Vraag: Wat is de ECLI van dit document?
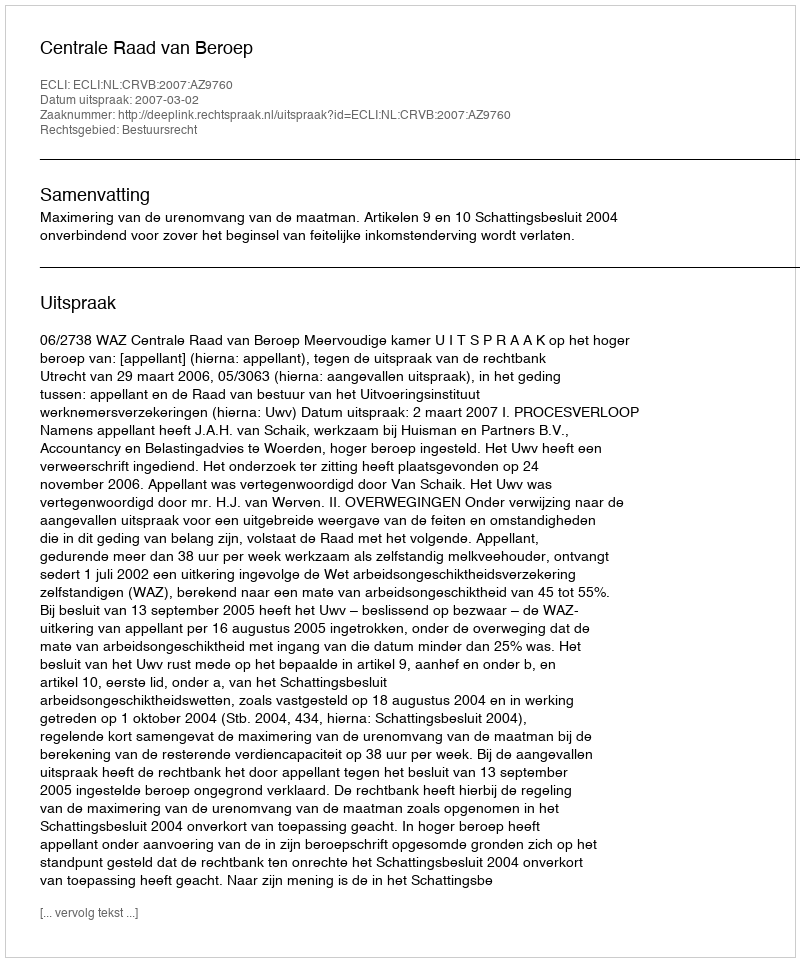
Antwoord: ECLI:NL:CRVB:2007:AZ9760